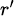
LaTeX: \scriptstyle{r^{\prime}}